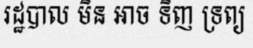
រដ្ឋបាល មិន អាច ទិញ ទ្រព្យ